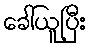
ခေါ်ယူပြီး